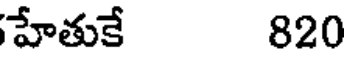
హేతుకే 820